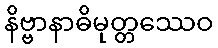
နိဗ္ဗာနာဓိမုတ္တဿေဝ